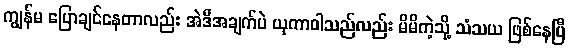
ကျွန်မ ပြောချင်နေတာလည်း အဲဒီအချက်ပဲ ယုကာဝါသည်လည်း မိမိကဲ့သို့ သံသယ ဖြစ်နေပြီ